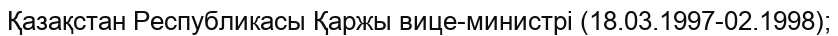
Қазақстан Республикасы Қаржы вице-министрі (18.03.1997-02.1998);